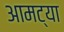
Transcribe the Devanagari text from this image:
आमट्या